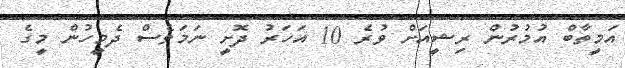
އަމީތާބް އުމުރުން ރިޝީއަށް ވުރެ 10 އަހަރު ދޮށީ ނަމަވެސް ދެމީހުން މީގެ